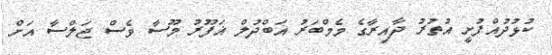
ކުޅުދުއްފުށީ އުތުރު ދާއިރާގެ މެމްބަރު އަބްދުލް ޣަފޫރު މޫސާ ވެސް ޖަލްސާ އަށް